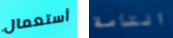
أستعمال التامة